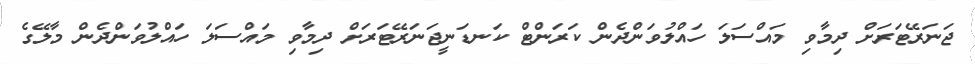
ޖަނަރޭޓަރަށް ދިމާވި މައްސަލަ ހައްލުވަންދެން ކަރަންޓް ކަނޑަނީޖަނަރޭޓަރަށް ދިމާވި މައްސަލަ ހައްލުވަންދެން މާލޭގެ